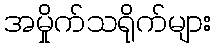
အမှိုက်သရိုက်များ